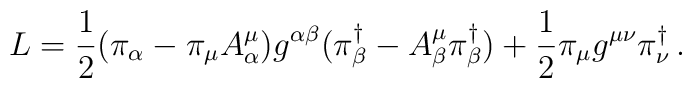
L=\frac{1}{2}(\pi_{\alpha}-\pi_{\mu}A^{\mu}_{\alpha})g^{\alpha\beta}(\pi^{\dag}_{\beta}-A^{\mu}_{\beta}\pi^{\dag}_{\beta})+\frac{1}{2}\pi_{\mu}g^{\mu\nu}\pi^{\dag}_{\nu}\,.